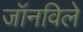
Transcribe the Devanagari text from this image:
जॉनविले